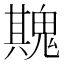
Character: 𮫡